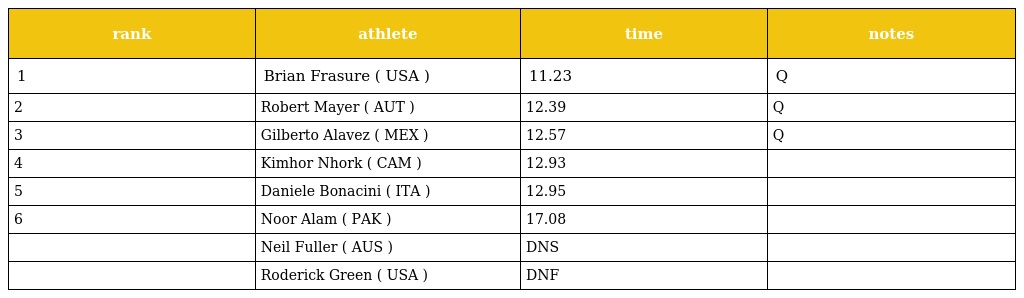
| rank | athlete | time | notes |
 | --- | --- | --- | --- |
 | 1 | Brian Frasure ( USA ) | 11.23 | Q |
 | 2 | Robert Mayer ( AUT ) | 12.39 | Q |
 | 3 | Gilberto Alavez ( MEX ) | 12.57 | Q |
 | 4 | Kimhor Nhork ( CAM ) | 12.93 |  |
 | 5 | Daniele Bonacini ( ITA ) | 12.95 |  |
 | 6 | Noor Alam ( PAK ) | 17.08 |  |
 |  | Neil Fuller ( AUS ) | DNS |  |
 |  | Roderick Green ( USA ) | DNF |  |